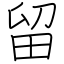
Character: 留